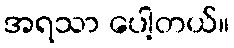
အရသာ ပေါ့တယ်။